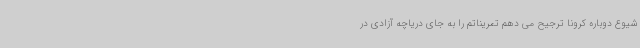
شیوع دوباره کرونا ترجیح می دهم تمریناتم را به جای دریاچه آزادی در